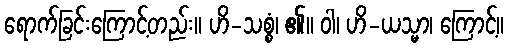
ရောက်ခြင်းကြောင့်တည်း။ ဟိ-သစ္စံ၊ ၏။ ဝါ၊ ဟိ-ယသ္မာ၊ ကြောင့်။